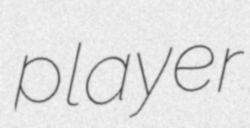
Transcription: player